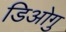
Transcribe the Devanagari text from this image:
डिओगु